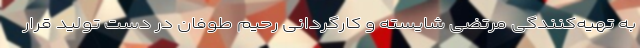
به تهیه‌کنندگی مرتضی شایسته و کارگردانی رحیم طوفان در دست تولید قرار